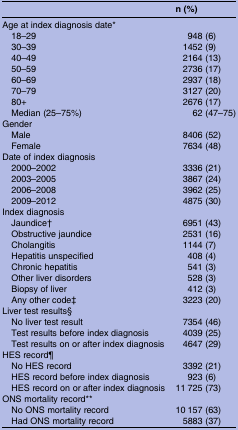
<table><thead><tr><td></td><td><b>n (%)</b></td></tr></thead><tbody><tr><td colspan="2">Age at index diagnosis date*</td></tr><tr><td> 18–29</td><td>948 (6)</td></tr><tr><td> 30–39</td><td>1452 (9)</td></tr><tr><td> 40–49</td><td>2164 (13)</td></tr><tr><td> 50–59</td><td>2736 (17)</td></tr><tr><td> 60–69</td><td>2937 (18)</td></tr><tr><td> 70–79</td><td>3127 (20)</td></tr><tr><td> 80+</td><td>2676 (17)</td></tr><tr><td> Median (25–75%)</td><td>62 (47–75)</td></tr><tr><td colspan="2">Gender</td></tr><tr><td> Male</td><td>8406 (52)</td></tr><tr><td> Female</td><td>7634 (48)</td></tr><tr><td colspan="2">Date of index diagnosis</td></tr><tr><td> 2000–2002</td><td>3336 (21)</td></tr><tr><td> 2003–2005</td><td>3867 (24)</td></tr><tr><td> 2006–2008</td><td>3962 (25)</td></tr><tr><td> 2009–2012</td><td>4875 (30)</td></tr><tr><td colspan="2">Index diagnosis</td></tr><tr><td> Jaundice†</td><td>6951 (43)</td></tr><tr><td> Obstructive jaundice</td><td>2531 (16)</td></tr><tr><td> Cholangitis</td><td>1144 (7)</td></tr><tr><td> Hepatitis unspecified</td><td>408 (4)</td></tr><tr><td> Chronic hepatitis</td><td>541 (3)</td></tr><tr><td> Other liver disorders</td><td>528 (3)</td></tr><tr><td> Biopsy of liver</td><td>412 (3)</td></tr><tr><td> Any other code‡</td><td>3223 (20)</td></tr><tr><td colspan="2">Liver test results§</td></tr><tr><td> No liver test result</td><td>7354 (46)</td></tr><tr><td> Test results before index diagnosis</td><td>4039 (25)</td></tr><tr><td> Test results on or after index diagnosis</td><td>4647 (29)</td></tr><tr><td colspan="2">HES record¶</td></tr><tr><td> No HES record</td><td>3392 (21)</td></tr><tr><td> HES record before index diagnosis</td><td>923 (6)</td></tr><tr><td> HES record on or after index diagnosis</td><td>11 725 (73)</td></tr><tr><td colspan="2">ONS mortality record**</td></tr><tr><td> No ONS mortality record</td><td>10 157 (63)</td></tr><tr><td> Had ONS mortality record</td><td>5883 (37)</td></tr></tbody></table>